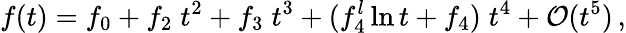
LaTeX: f(t)=f_{0}+f_{2}\; t^{2}+f_{3}\; t^{3}+(f_{4}^{l}\ln t+f_{4})\; t^{4}+\mathcal{O}(t^{5})\, ,